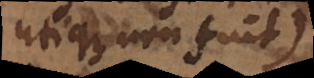
utique non fuit)